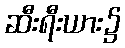
ဆီးရီးယား၌